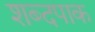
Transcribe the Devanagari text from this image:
शब्दपाक